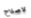
لاصلاح